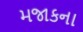
મજાકના